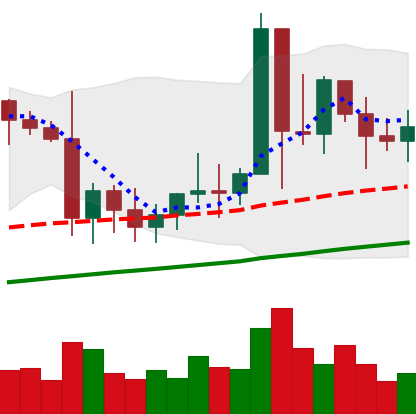
Ticker: XMR-USD
Chart end date: 2021-01-17
Forward return: -14.965%
Label: down_7plus